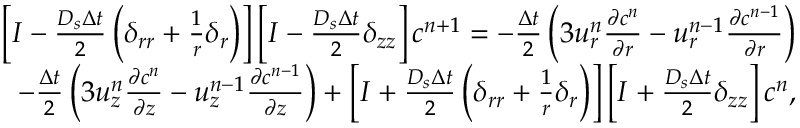
\begin{array} { r } { \left[ I - \frac { D _ { s } \Delta t } { 2 } \left( \delta _ { r r } + \frac { 1 } { r } \delta _ { r } \right) \right] \left[ I - \frac { D _ { s } \Delta t } { 2 } \delta _ { z z } \right] c ^ { n + 1 } = - \frac { \Delta t } { 2 } \left( 3 u _ { r } ^ { n } \frac { \partial c ^ { n } } { \partial r } - u _ { r } ^ { n - 1 } \frac { \partial c ^ { n - 1 } } { \partial r } \right) } \\ { - \frac { \Delta t } { 2 } \left( 3 u _ { z } ^ { n } \frac { \partial c ^ { n } } { \partial z } - u _ { z } ^ { n - 1 } \frac { \partial c ^ { n - 1 } } { \partial z } \right) + \left[ I + \frac { D _ { s } \Delta t } { 2 } \left( \delta _ { r r } + \frac { 1 } { r } \delta _ { r } \right) \right] \left[ I + \frac { D _ { s } \Delta t } { 2 } \delta _ { z z } \right] c ^ { n } , } \end{array}